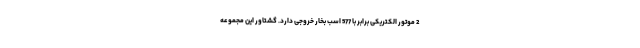
2 موتور الکتریکی برابر با 577 اسب بخار خروجی دارد. گشتاور این مجموعه